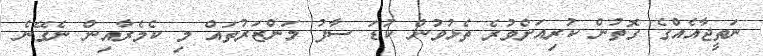
ނަތީޖާއެއްގެ ގޮތުން ކުރިއަށްވުރެ ތެޅުވުން ކުޑަ ސާފު މަންޒަރުތައް މި ކެމެރާއިން ނެގޭނެ